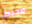
محبط